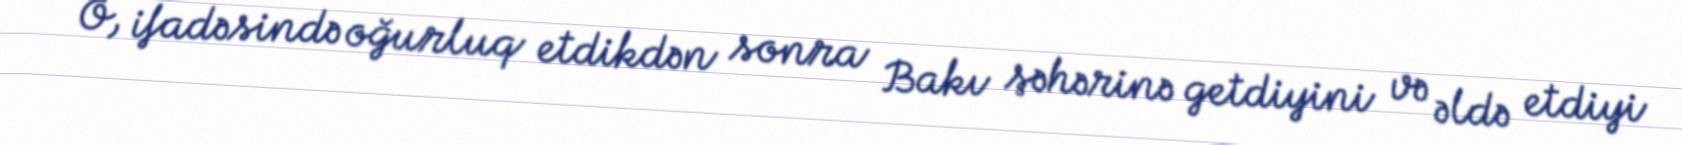
O, ifadəsində oğurluq etdikdən sonra Bakı şəhərinə getdiyini və əldə etdiyi